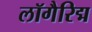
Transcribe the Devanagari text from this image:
लॉगैरिद्म